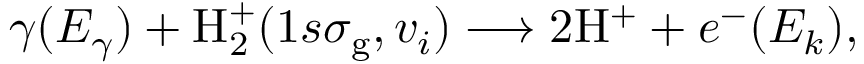
\gamma ( E _ { \gamma } ) + \mathrm { H } _ { 2 } ^ { + } ( 1 s \sigma _ { \mathrm { g } } , v _ { i } ) \longrightarrow 2 \mathrm { H } ^ { + } + e ^ { - } ( E _ { k } ) ,